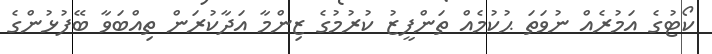
ކޯޓުގެ އަމުރެއް ނުވަތަ ޙުކުމެއް ތަންފީޒު ކުރުމުގެ ޒިންމާ އަދާކުރަން ތިއްބަވާ ބޭފުޅުންގެ